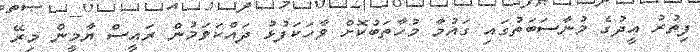
ފިތުރު އީދުގެ މުނާސަބަތުގައި ގައުމާ މުހާތަބުކޮށް ވާހަކަފުޅު ދައްކަވަމުން ރައީސް ޔާމީން މިރޭ